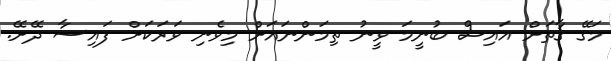
މަގޭ ގާތަށް އައިސް ބުނީމަ ވީނު ތިމަންނައަށް މިވެނި ވަރަކަށް ފައިސާ ދޭށޭ.